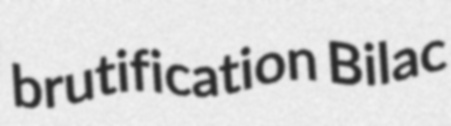
brutification Bilac